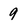
Character: 9